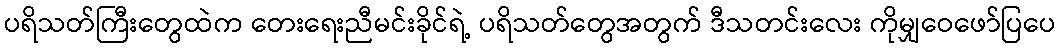
ပရိသတ်ကြီးတွေထဲက တေးရေးညီမင်းခိုင်ရဲ့ ပရိသတ်တွေအတွက် ဒီသတင်းလေး ကိုမျှဝေဖော်ပြပေ